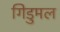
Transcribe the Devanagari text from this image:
गिडुमल